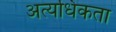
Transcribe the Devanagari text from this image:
अत्यधिकता